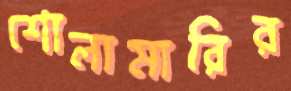
শোলামারির